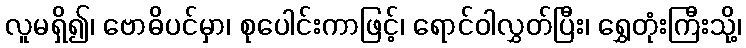
လူမရှိ၍၊ ဗောဓိပင်မှာ၊ စုပေါင်းကာဖြင့်၊ ရောင်ဝါလွှတ်ပြီး၊ ရွှေတုံးကြီးသို့၊